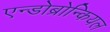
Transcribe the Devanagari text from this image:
एन्डोब्रोन्कियल